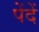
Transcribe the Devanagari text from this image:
पेंदें